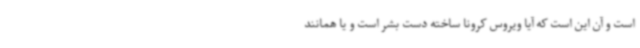
است و آن این است که آیا ویروس کرونا ساخته دست بشر است و یا همانند